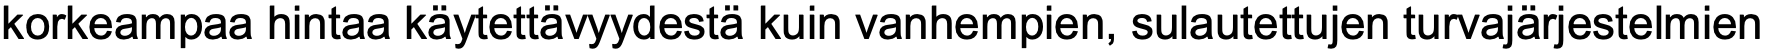
korkeampaa hintaa käytettävyydestä kuin vanhempien, sulautettujen turvajärjestelmien